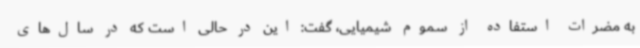
به مضرات استفاده از سموم شیمیایی، گفت: این در حالی است که در سال‌های